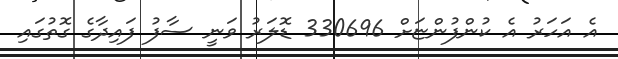
އެ އަހަރު އެ ކުންފުންޏަށް 330696 ޑޮލަރު ވަނީ ސާފު ފައިދާގެ ގޮތުގައި